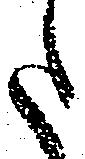
た